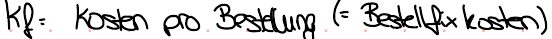
Kf = Kosten pro Bestellung (= Bestellfixkosten)